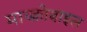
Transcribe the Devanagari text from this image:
माय्क्रोबाइल